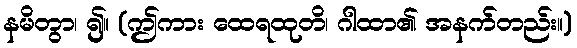
နမိတွာ၊ ၍။ (ဤကား ထေရထုတိ၊ ဂါထာ၏ အနက်တည်း။)